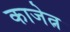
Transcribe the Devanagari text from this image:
काजेत्न